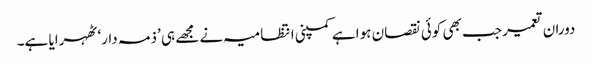
دوران تعمیر جب بھی کوئی نقصان ہوا ہے کمپنی انتظامیہ نے مجھے ہی ’ذمہ دار‘ ٹھہرایا ہے۔